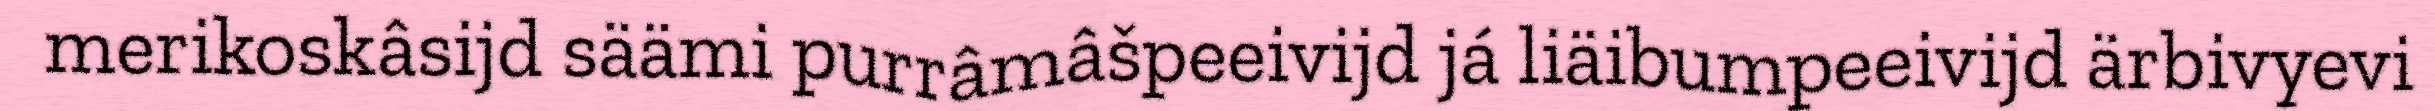
merikoskâsijd säämi purrâmâšpeeivijd já liäibumpeeivijd ärbivyevi